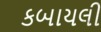
કબાયલી